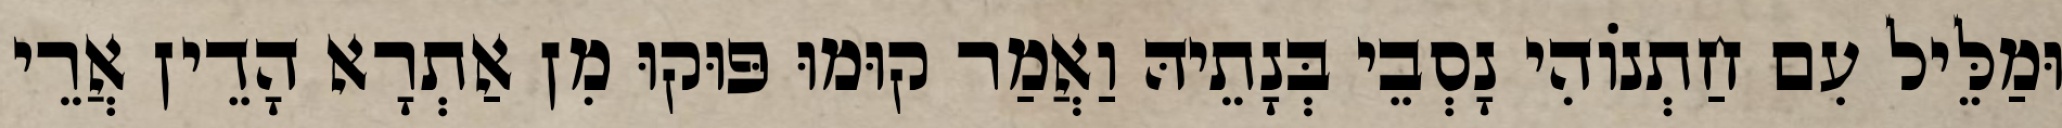
וּמַלֵּיל עִם חַתְנוֹהִי נָסְבֵי בְּנָתֵיהּ וַאֲמַר קוּמוּ פּוּקוּ מִן אַתְרָא הָדֵין אֲרֵי